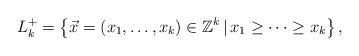
LaTeX: \begin{align*}L_{k}^{+}=\left\{ \vec{x}=(x_{1}, \ldots , x_{k}) \in \mathbb{Z}^{k} \, | \, x_{1} \ge \cdots \ge x_{k}\right\}, \end{align*}